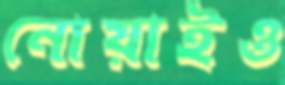
নোয়াইও